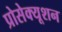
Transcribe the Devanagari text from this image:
प्रोसेक्यूशन